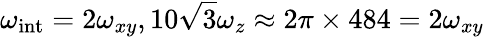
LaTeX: \omega_{\mathrm{int}}=2\omega_{xy},10\sqrt{3}\omega_{z}\approx 2\pi\times 484=2\omega_{xy}